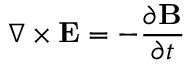
\nabla \times \mathbf { E } = - { \frac { \partial \mathbf { B } } { \partial t } }